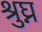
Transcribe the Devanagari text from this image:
श्रुघ्न